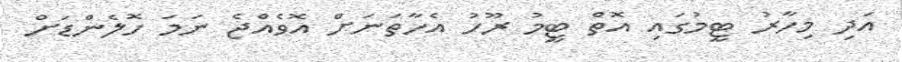
އަދި މިހާރު ޓީމުގައި އޮތް ޓީމު ރޫހު އެހާތަނަށް އޮވެއްޖެ ނަމަ ހޮލެންޑަށް